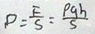
D = \frac { S } { F } = \frac { \rho g h } { S }